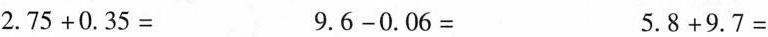
$$2 . 7 5 + 0 . 3 5 =$$ $$9 . 6 - 0 . 0 6 =$$ $$5 . 8 + 9 . 7 =$$